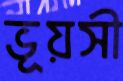
ভূয়সী